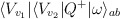
\begin{align*}\langle V_{v_1}|\langle V_{v_2}| Q^+ |\omega\rangle_{ab} \end{align*}